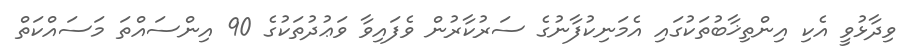
ވިދާޅުވީ އެކި އިންތިޚާބުތަކުގައި އެމަނިކުފާނުގެ ސަރުކާރުން ވެފައިވާ ވަޢުދުތަކުގެ 90 އިންސައްތަ މަސައްކަތް